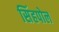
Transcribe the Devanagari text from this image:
सिंहपोल